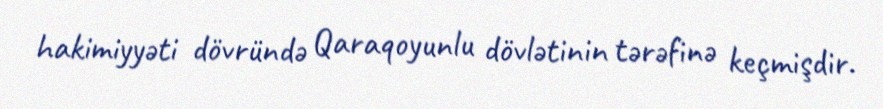
hakimiyyəti dövründə Qaraqoyunlu dövlətinin tərəfinə keçmişdir.